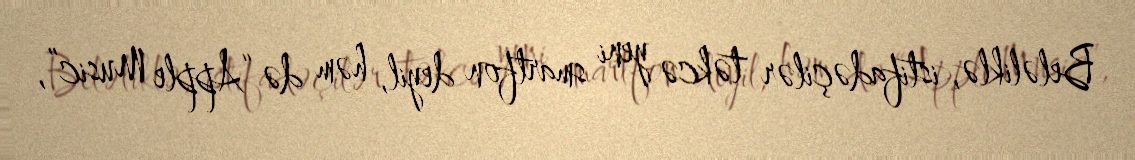
Beləliklə, istifadəçilər təkcə yeni smartfon deyil, həm də “Apple Music”,